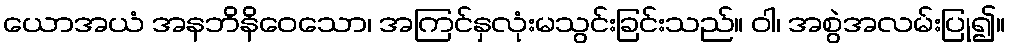
ယောအယံ အနဘိနိဝေသော၊ အကြင်နှလုံးမသွင်းခြင်းသည်။ ဝါ၊ အစွဲအလမ်းပြု၍။